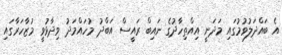
އެ ބައްދަލުވުމުގައި މަދަނީ އިއްތިހާދުގެ ނައިބް ރައީސް އަބްދު މުހައްމަދު ވިދާޅުވީ މުޒާހަރާގައި